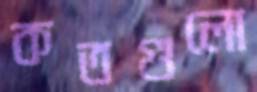
কতগুলো